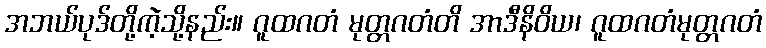
အဘယ်ပုဒ်တို့ကဲ့သို့နည်း။ ဂူထဂတံ မုတ္တဂတံတိ အာဒီနိဝိယ၊ ဂူထဂတံမုတ္တဂတံ